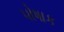
પોષાક